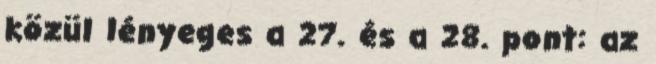
közül lényeges a 27. és a 28. pont: az